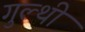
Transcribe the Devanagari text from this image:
गुल्थी